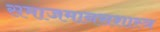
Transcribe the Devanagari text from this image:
समाजमानसशास्त्र